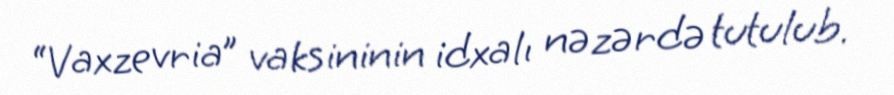
“Vaxzevria” vaksininin idxalı nəzərdə tutulub.